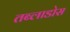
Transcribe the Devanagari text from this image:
तब्लाडोस